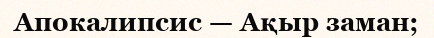
Апокалипсис — Ақыр заман;